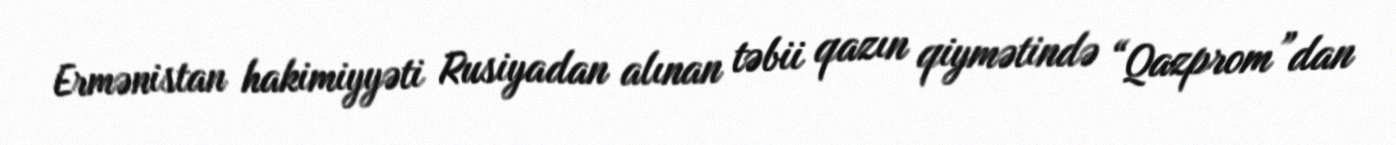
Ermənistan hakimiyyəti Rusiyadan alınan təbii qazın qiymətində “Qazprom”dan